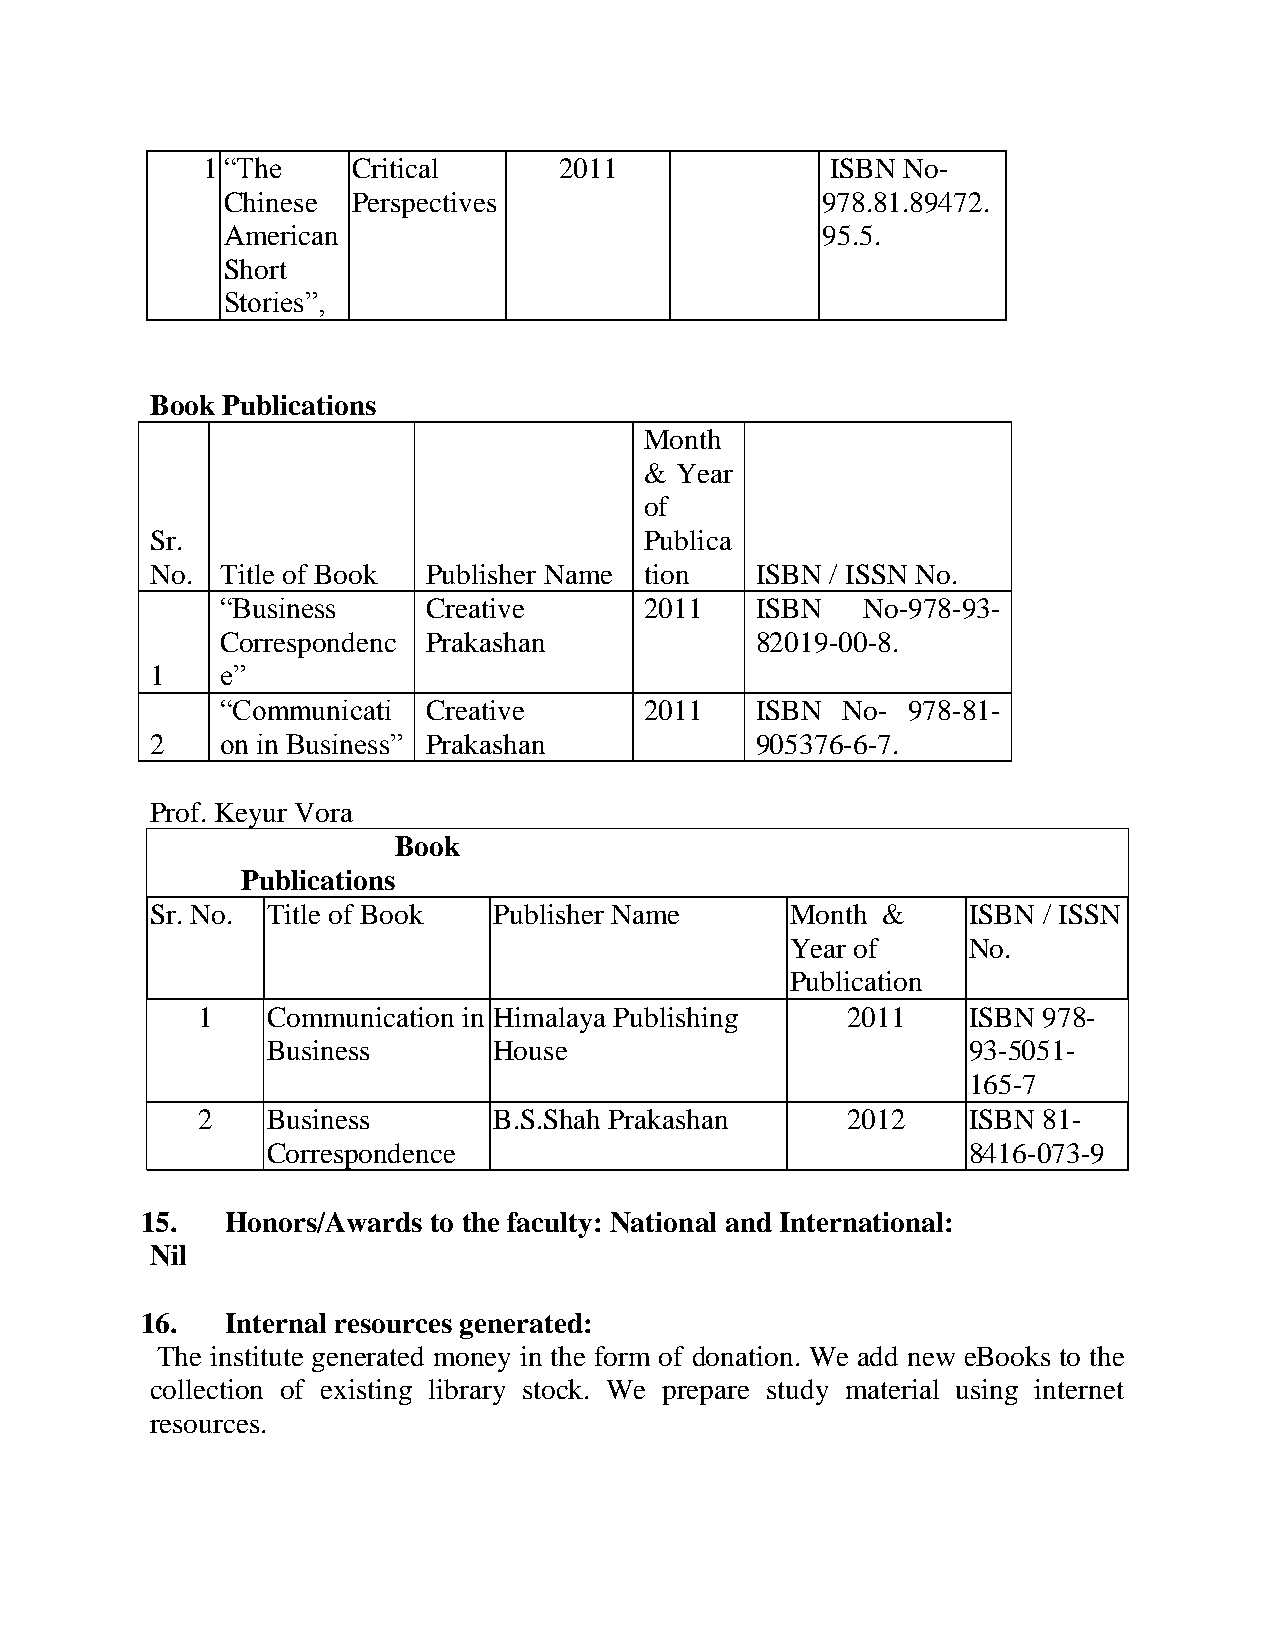
1 “The    Critical      2011              ISBN No-
 Chinese Perspectives                   978.81.89472.
 American                               95.5.
 Short
 Stories”,
 Book Publications
 Month
 & Year
 of
 Sr.                              Publica
 No.  Title of Book Publisher Name tion  ISBN / ISSN No.
 “Business    Creative       2011   ISBN   No-978-93-
 Correspondenc Prakashan            82019-00-8.
 1    e”
 “Communicati Creative       2011   ISBN  No- 978-81-
 2    on in Business” Prakashan          905376-6-7.
 Prof. Keyur Vora
 Book
 Publications
 Sr. No. Title of Book  Publisher Name     Month &     ISBN / ISSN
 Year of     No.
 Publication
 1    Communication in Himalaya Publishing  2011    ISBN 978-
 Business       House                          93-5051-
 165-7
 2    Business       B.S.Shah Prakashan     2012    ISBN 81-
 Correspondence                                8416-073-9
 15.   Honors/Awards to the faculty: National and International:
 Nil
 16.   Internal resources generated:
 The institute generated money in the form of donation. We add new eBooks to the
 collection of existing library stock. We prepare study material using internet
 resources.